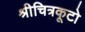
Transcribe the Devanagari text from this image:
श्रीचित्रकूटो